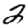
Digit: 2